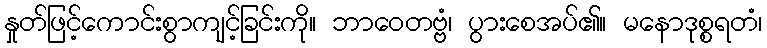
နှုတ်ဖြင့်ကောင်းစွာကျင့်ခြင်းကို။ ဘာဝေတဗ္ဗံ၊ ပွားစေအပ်၏။ မနောဒုစ္စရတံ၊